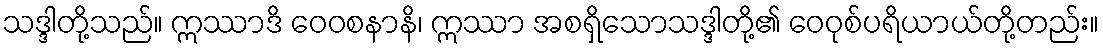
သဒ္ဒါတို့သည်။ ဣဿာဒိ ဝေဝစနာနိ၊ ဣဿာ အစရှိသောသဒ္ဒါတို့၏ ဝေဝုစ်ပရိယာယ်တို့တည်း။